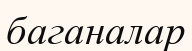
баганалар